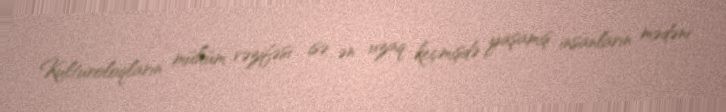
Kulturoloqların mühüm vəzifəsi isə ən uzaq keçmişdə yaşamış insanların mədəni